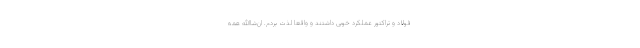
فولاد و تراکتور عملکرد خوبی داشتند و واقعا لذت بردم. ان‌شاالله همه